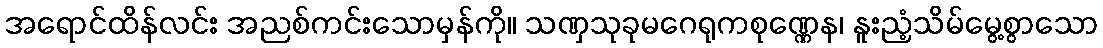
အရောင်ထိန်လင်း အညစ်ကင်းသောမှန်ကို။ သဏှသုခုမဂေရုကစုဏ္ဏေန၊ နူးညံ့သိမ်မွေ့စွာသော